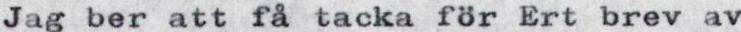
Jag ber att få tacka för Ert brev av